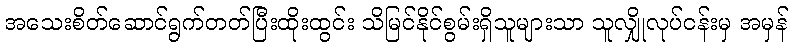
အသေးစိတ်ဆောင်ရွက်တတ်ပြီးထိုးထွင်း သိမြင်နိုင်စွမ်းရှိသူများသာ သူလျှိုလုပ်ငန်းမှ အမှန်